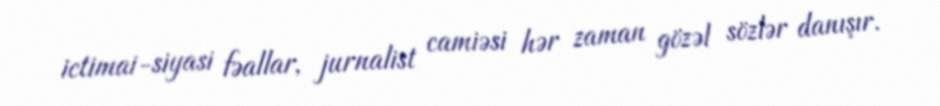
ictimai-siyasi fəallar, jurnalist camiəsi hər zaman gözəl sözlər danışır.